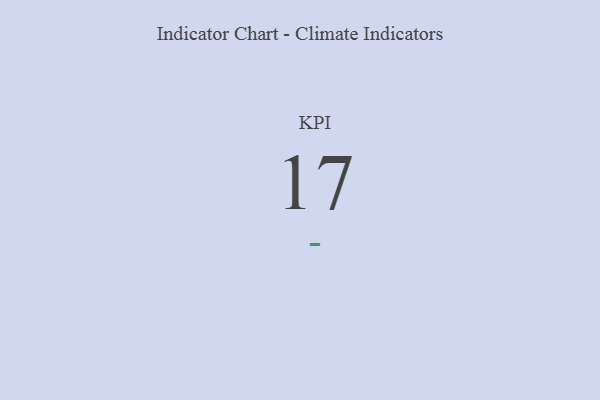
{"axis": {"x": "KPI", "y": "Value"}, "legend": [""], "data": [{"x": "KPI", "y": 17, "type": ""}]}